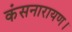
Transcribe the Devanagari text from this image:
कंसनारायण।